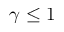
\gamma \le 1